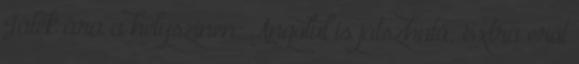
Játék ára a helyszínen: Angolul is játszható: Extra erőt